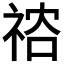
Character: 𥙻